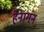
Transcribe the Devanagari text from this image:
हेनागन